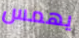
يهمس